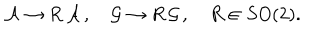
LaTeX: { \cal A } \rightarrow R \, { \cal A } \, , \quad { \cal G } \rightarrow R \, { \cal G } \, , \quad R \in S O ( 2 ) .